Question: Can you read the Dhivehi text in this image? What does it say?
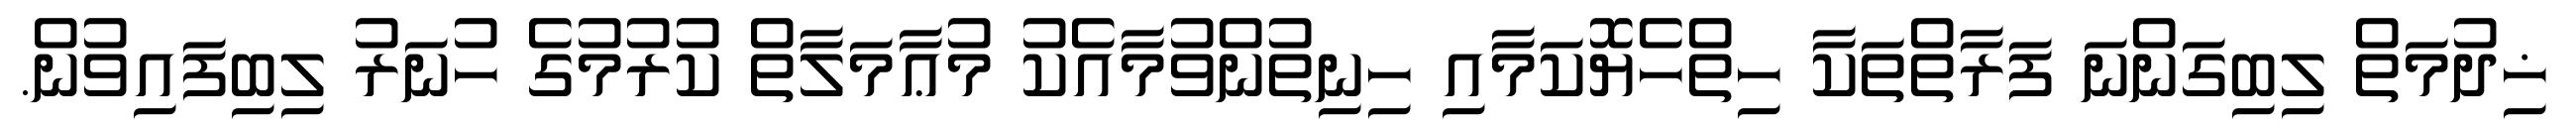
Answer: ޚިދުމަތް ލިބިގަންނަ ފަރާތްތަކާ ހިތްހެޔޮކަމާއި ހިނިތުންވުމާއެކު މުޢާމަލާތް ކުރުމުގެ ހުނަރު ލިބިފައިވުން.